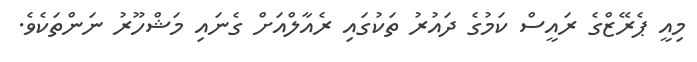
މިއީ ޕެރޭޒްގެ ރައީސް ކަމުގެ ދައުރު ތަކުގައި ރެއާލްއަށް ގެނައި މަޝްހޫރު ނަންތަކެވެ.